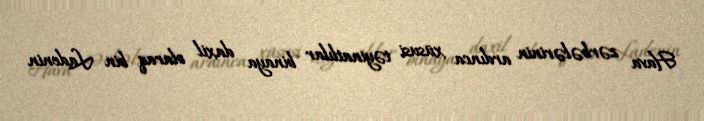
Hava zərbələrinin ardınca xüsusi təyinatlılar binaya daxil olaraq bin Ladenin